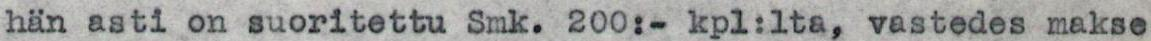
hän asti on suoritettu Smk. 200:- kpl:lta, vastedes makse